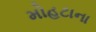
મોહટાના